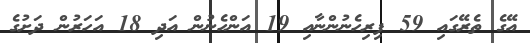
އޭގެ ތެރޭގައި 59 ފިރިހެނުންނާއި 19 އަންހެނުން އަދި 18 އަހަރުން ދަށުގެ